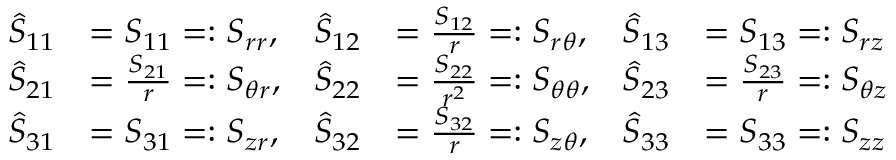
{ \begin{array} { r l r l r l } { { \hat { S } } _ { 1 1 } } & { = S _ { 1 1 } = : S _ { r r } , } & { { \hat { S } } _ { 1 2 } } & { = { \frac { S _ { 1 2 } } { r } } = : S _ { r \theta } , } & { { \hat { S } } _ { 1 3 } } & { = S _ { 1 3 } = : S _ { r z } } \\ { { \hat { S } } _ { 2 1 } } & { = { \frac { S _ { 2 1 } } { r } } = : S _ { \theta r } , } & { { \hat { S } } _ { 2 2 } } & { = { \frac { S _ { 2 2 } } { r ^ { 2 } } } = : S _ { \theta \theta } , } & { { \hat { S } } _ { 2 3 } } & { = { \frac { S _ { 2 3 } } { r } } = : S _ { \theta z } } \\ { { \hat { S } } _ { 3 1 } } & { = S _ { 3 1 } = : S _ { z r } , } & { { \hat { S } } _ { 3 2 } } & { = { \frac { S _ { 3 2 } } { r } } = : S _ { z \theta } , } & { { \hat { S } } _ { 3 3 } } & { = S _ { 3 3 } = : S _ { z z } } \end{array} }